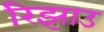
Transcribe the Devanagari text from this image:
रिझाउ